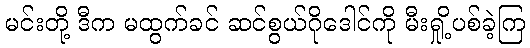
မင်းတို့ ဒီက မထွက်ခင် ဆင်စွယ်ဂိုဒေါင်ကို မီးရှို့ပစ်ခဲ့ကြ